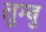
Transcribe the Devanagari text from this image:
तुम्बु